Report of the Indian Hemp Drugs Commission, 1894-1895 - Volume III
Year: 1894
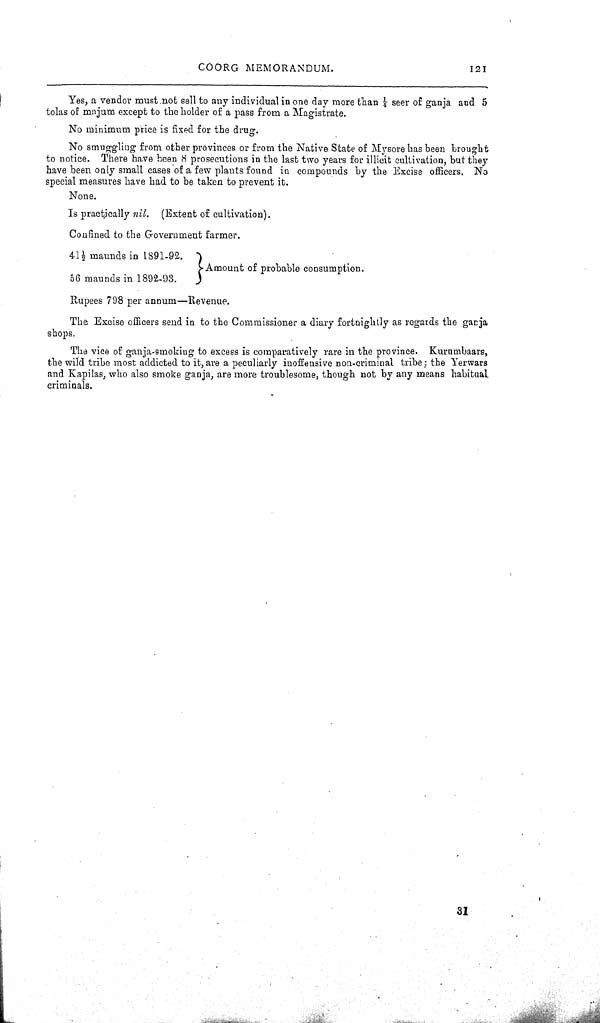
COORG MEMORANDUM.
121
Yes, a vendor must not sell to any individual in one day more than 1/4 seer 1/4 ganja and 5
tolas of majum except to the holder of a pass from a Magistrate.
No minimum price is fixed for the drug.
No smuggling from other provinces or from the Native State of Mysore has been brought
to notice. There have been 8 prosecutions in the last two years for illicit cultivation, but they
have been only small cases of a few plants found in compounds by the Excise officers. No
special measures have had to be taken to prevent it.
None.
Is practically nil.
(Extent of cultivation).
Confined to the Government farmer.
411/2 maunds in 1891-92.
Amount of probable consumption.
56 maundsin 1892-93.
Rupees 798 per annum-Revenue.
The Excise officers send in to the Commissioner a diary fortnightly as regards the ganja
shops.
The vice of ganja-smoking to excess is comparatively rare in the province. Kurumbaars,
the wild tribe most addicted to it, are a peculiarly inoffensive non-criminal tribe: the Yerwars
and Kapilas, who also smoke ganja, are more troublesome, though not by any means habitual
criminals.